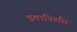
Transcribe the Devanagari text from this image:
इवानिसैंस